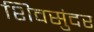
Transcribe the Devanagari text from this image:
शिवसुंदर